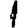
Digit: 1